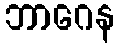
ဘာဂေန